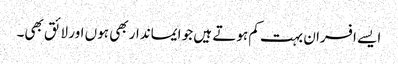
ایسے افسران بہت کم ہوتے ہیں جو ایماندار بھی ہوں اور لائق بھی۔